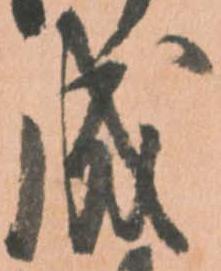
成